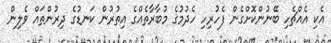
އެކި އެއްޗެހި ބޭނުންކޮށްގެން ފެހުރިހި ހެދުމުގެ މުބާރާތެއްގެ އިތުރުން ކަނޑުގެ ދިރުންތައް ވެލިން